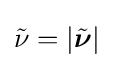
{\tilde {\nu }}=\left|{\tilde {\boldsymbol {\nu }}}\right|